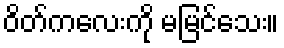
ဝိတ်ကလေးကို မမြင်သေး။